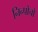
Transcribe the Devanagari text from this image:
निन्पोचो